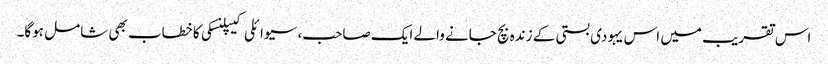
اس تقریب میں اس یہودی بستی کے زندہ بچ جانے والے ایک صاحب، سیوائلی کیپلنسکی کا خطاب بھی شامل ہوگا۔